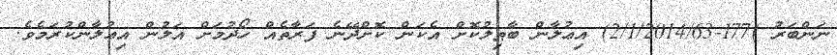
ނަންބަރު )177-2/1/2014/63) އިޢުލާން ބާޠިލުކޮށް އެކަން ކޮށްދޭނެ ފަރާތެއް ހޯދުމަށް އަލުން އިޢުލާންކުރަމެވެ.